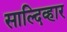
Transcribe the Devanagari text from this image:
साल्दिव्हार